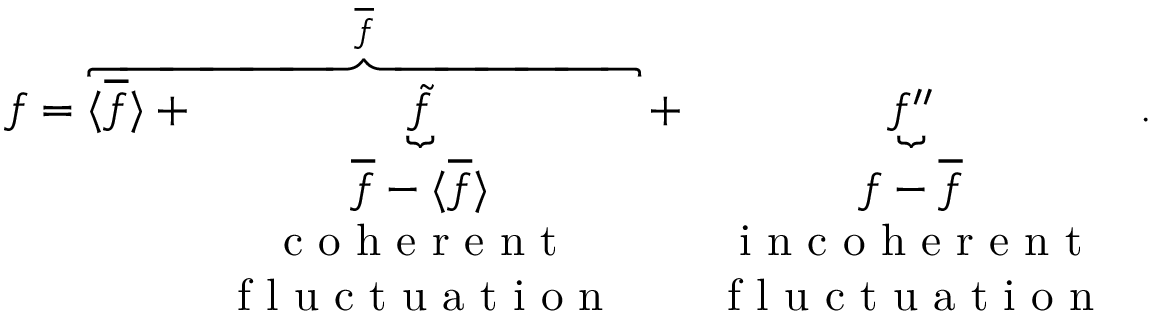
f = \overbrace { \langle { \overline { { f } } } \rangle + \underbrace { \tilde { f } } _ { \begin{array} { c } { \overline { { f } } - \langle { \overline { { f } } } \rangle } \\ { \mathrm { ~ c ~ o ~ h ~ e ~ r ~ e ~ n ~ t ~ } } \\ { \mathrm { ~ f ~ l ~ u ~ c ~ t ~ u ~ a ~ t ~ i ~ o ~ n ~ } } \end{array} } } ^ { \overline { { f } } } + \underbrace { f ^ { \prime \prime } } _ { \begin{array} { c } { f - \overline { { f } } } \\ { \mathrm { ~ i ~ n ~ c ~ o ~ h ~ e ~ r ~ e ~ n ~ t ~ } } \\ { \mathrm { ~ f ~ l ~ u ~ c ~ t ~ u ~ a ~ t ~ i ~ o ~ n ~ } } \end{array} } .